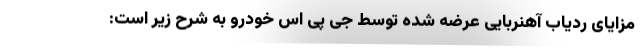
مزایای ردیاب آهنربایی عرضه شده توسط جی پی اس خودرو به شرح زیر است: